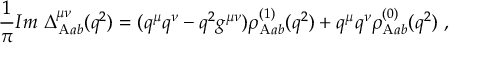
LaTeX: { \frac { 1 } { \pi } } { \cal I } m ~ \Delta _ { \mathrm { A } a b } ^ { \mu \nu } ( q ^ { 2 } ) = ( q ^ { \mu } q ^ { \nu } - q ^ { 2 } g ^ { \mu \nu } ) \rho _ { \mathrm { A } a b } ^ { ( 1 ) } ( q ^ { 2 } ) + q ^ { \mu } q ^ { \nu } \rho _ { \mathrm { A } a b } ^ { ( 0 ) } ( q ^ { 2 } ) \ ,